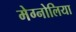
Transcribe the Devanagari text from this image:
मेग्नोलिया